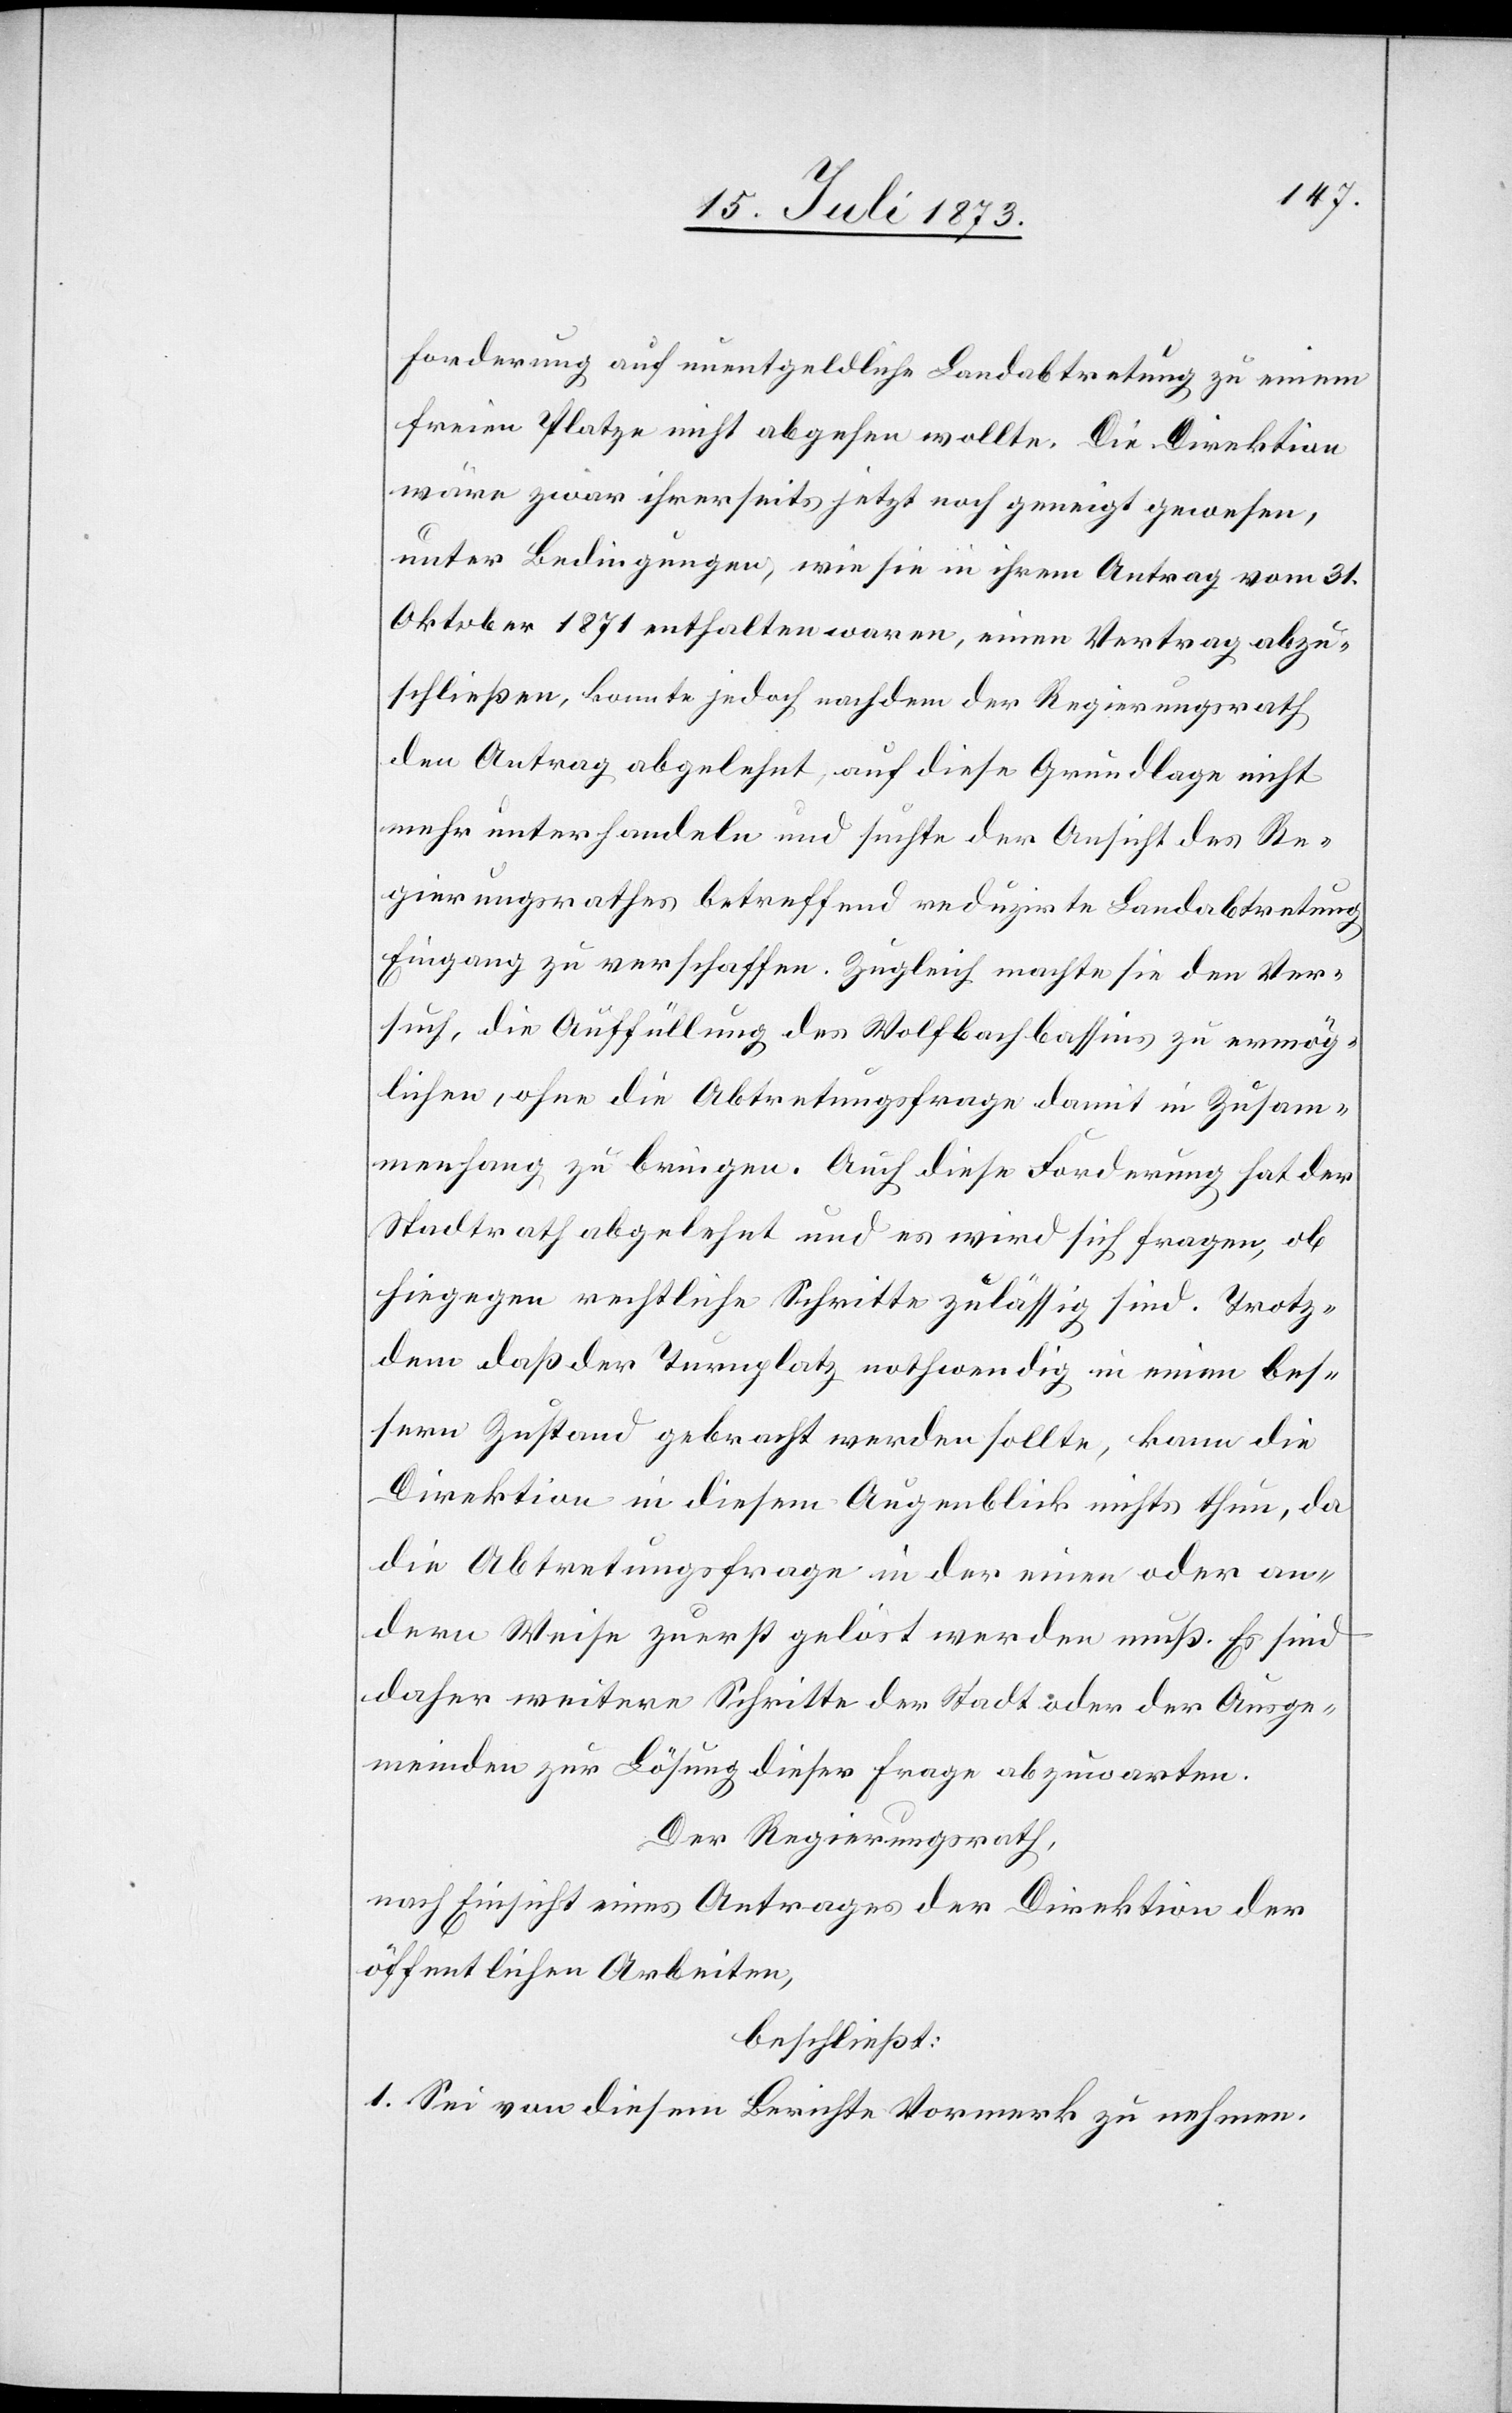
Forderung auf unentgeldliche Landabtretung zu einem
freien Platze nicht abgehen wollte, die Direktion
wäre zwar ihrerseits jetzt noch geneigt gewesen,
unter Bedingungen, wie sie in ihrem Antrag vom 31.
Oktober 1871 enthalten waren, einen Vertrag abzu¬
schließen, konnte jedoch nachdem der Regierungsrath
den Antrag abgelehnt, auf diese Grundlage nicht
mehr unterhandeln und suchte der Ansicht des Re¬
gierungsrathes betreffend reduzirte Landabtretung
Eingang zu verschaffen. Zugleich machte sie den Ver¬
such, die Auffüllung des Wolfbachbassins zu ermög¬
lichen, ohne die Abtretungsfrage damit in Zusam¬
menhang zu bringen. Auch diese Forderung hat der
Stadtrath abgelehnt und es wird sich fragen, ob
hiegegen rechtliche Schritte zulässig sind. Trotz¬
dem daß der Turnplatz nothwendig in einen bes¬
sern Zustand gebracht werden sollte, kann die
Direktion in diesem Augenblick nichts thun, da
die Abtretungsfrage in der einen oder an¬
dern Weise zuerst gelöst werden muß. Es sind
daher weitere Schritte der Stadt oder der Ausge¬
meinden zur Lösung dieser Frage abzuwarten.
Der Regierungsrath,
nach Einsicht eines Antrages der Direktion der
öffentlichen Arbeiten,
beschließt:
1. Sei von diesem Berichte Vormerk zu nehmen.